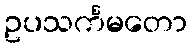
ဥပသင်္ကမတော